Civil Veterinary Dept. Bombay admin report 1914-1922 - 1914-1922
Year: 1914
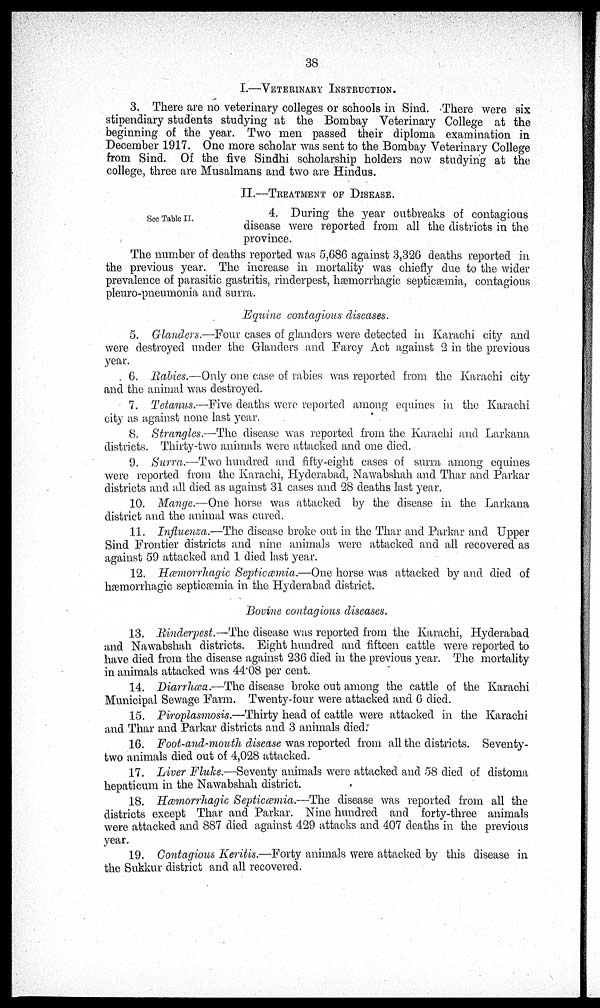
38
I.—VETERINARY INSTRUCTION.
3. There are no veterinary colleges or schools in Sind. There were six
stipendiary students studying at the Bombay Veterinary College at the
beginning of the year. Two men passed their diploma examination in
December 1917. One more scholar was sent to the Bombay Veterinary College
from Sind. Of the five Sindhi scholarship holders now studying at the
college, three are Musalmans and two are Hindus.
II.—TREATMENT OF DISEASE.
See Table II.
4. During the year outbreaks of contagious
disease were reported from all the districts in the
province.
The number of deaths reported was 5,686 against 3,326 deaths reported in
the previous year. The increase in mortality was chiefly due to the wider
prevalence of parasitic gastritis, rinderpest, hæmorrhagic septicæmia, contagious
pleuro-pneumonia and surra.
Equine contagious diseases.
5. Glanders.—Four cases of glanders were detected in Karachi city and
were destroyed under the Glanders and Farcy Act against 2 in the previous
year.
6. Rabies.—Only one case of rabies was reported from the Karachi city
and the animal was destroyed.
7. Tetanus.—-Five deaths were reported among equines in the Karachi
city as against none last year.
8. Strangles.—The disease was reported from the Karachi and Larkana
districts. Thirty-two animals were attacked and one died.
9. Surra.—-Two hundred and fifty-eight cases of surra among equines
were reported from the Karachi, Hyderabad, Nawabshah and Thar and Parkar
districts and all died as against 31 cases and 28 deaths last year.
10. Mange.—One horse was attacked by the disease in the Larkana
district and the animal was cured.
11. Influenza.—The disease broke out in the Thar and Parkar and Upper
Sind Frontier districts and nine animals were attacked and all recovered as
against 59 attacked and 1 died last year.
12. Hæmorrhagic Septicæmia.—One horse was attacked by and died of
hæmorrhagic septicæmia in the Hyderabad district.
Bovine contagious diseases.
13. Rinderpest.—The disease was reported from the Karachi, Hyderabad
and Nawabshah districts. Eight hundred and fifteen cattle were reported to
have died from the disease against 236 died in the previous year. The mortality
in animals attacked was 44.08 per cent.
14. Diarrhæa.—The disease broke out among the cattle of the Karachi
Municipal Sewage Farm. Twenty-four were attacked and 6 died.
15. Piroplasmosis.—Thirty head of cattle were attacked in the Karachi
and Thar and Parkar districts and 3 animals died.
16. Foot-and-mouth disease was reported from all the districts. Seventy-
two animals died out of 4,028 attacked.
17. Liver Fluke.—Seventy animals were attacked and 58 died of distoma
hepaticum in the Nawabshah district.
18. Hæmorrhagic Septicæmia.—The disease was reported from all the
districts except Thar and Parkar. Nine hundred and forty-three animals
were attacked and 887 died against 429 attacks and 407 deaths in the previous
year.
19. Contagious Keritis.—Forty animals were attacked by this disease in
the Sukkur district and all recovered.